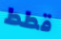
قطط